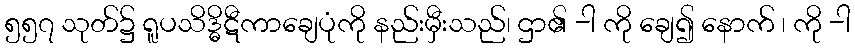
၅၅၇ သုတ်၌ ရူပသိဒ္ဓိဋီကာချေပုံကို နည်းမှီးသည်၊ ဌာ၏ -ါ ကို ချေ၍ နောက် ၊ ကို -ါ